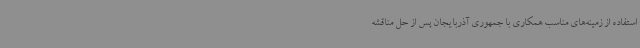
استفاده از زمینه‌های مناسب همکاری با جمهوری آذربایجان پس از حل مناقشه